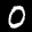
Label: 0